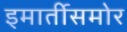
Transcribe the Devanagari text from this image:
इमार्तीसमोर